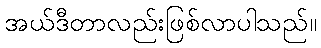
အယ်ဒီတာလည်းဖြစ်လာပါသည်။